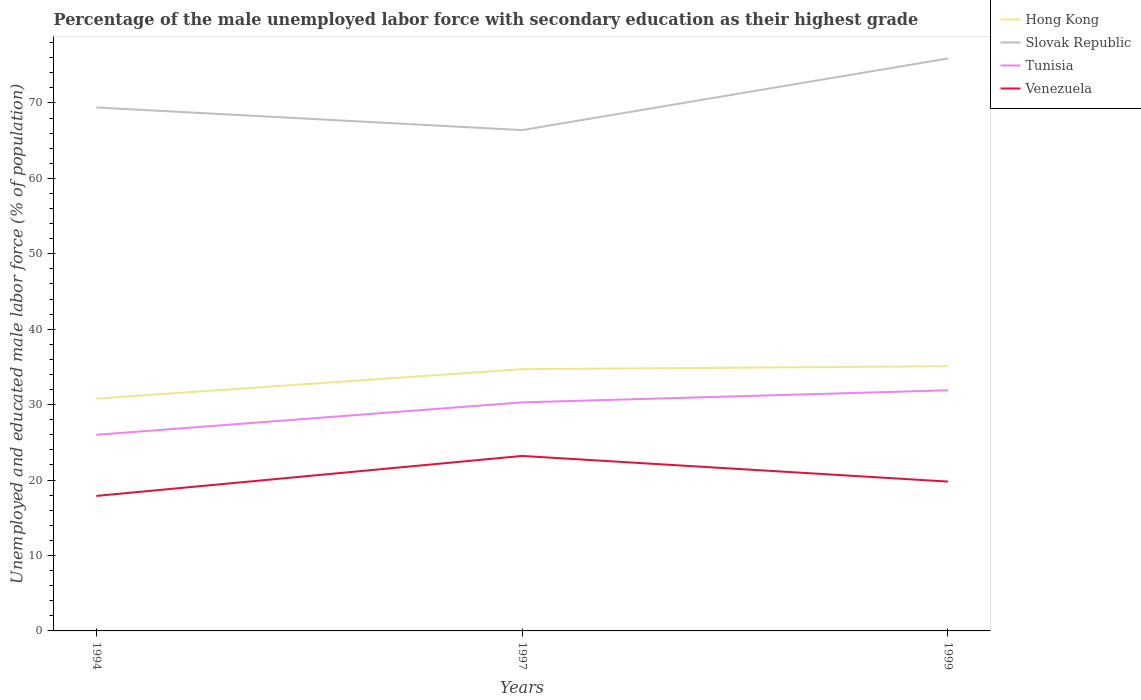
| Years | Hong Kong | Slovak Republic | Tunisia | Venezuela |
 | --- | --- | --- | --- | --- |
 | 1994 | 30.8 | 69.4 | 26 | 17.9 |
 | 1997 | 34.7 | 66.4 | 30.3 | 23.2 |
 | 1999 | 35.1 | 75.9 | 31.9 | 19.8 |